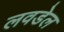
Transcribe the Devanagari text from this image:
लवडेल